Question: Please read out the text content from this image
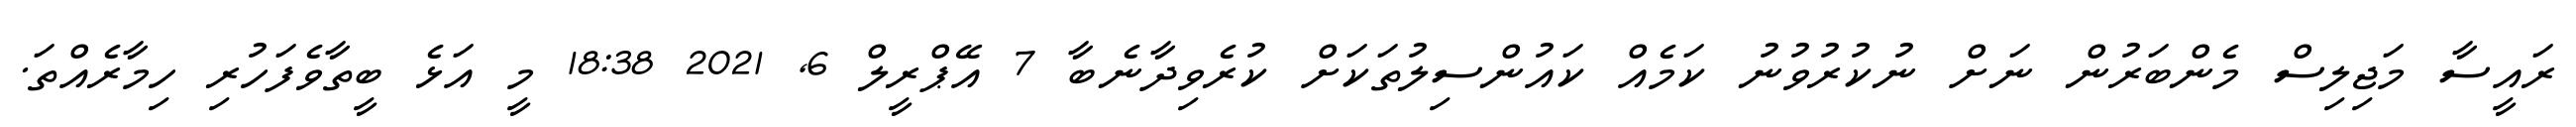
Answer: ރައީސާ މަޖިލިސް މެންބަރުން ނަށް ނުކުރުވުނު ކަމެއް ކައުންސިލުތަކަށް ކުރެވިދާނެބާ 7 އޭޕްރީލް 6, 2021 18:38 މީ އަޅެ ބީތާވެފަހުރި ހިމާރެއްތަ.